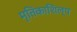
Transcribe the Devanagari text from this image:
मृतिकाशिल्प